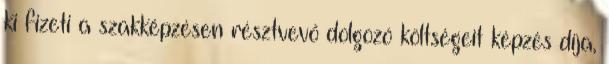
ki fizeti a szakképzésen résztvevő dolgozó költségeit képzés díja,